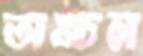
অঙ্চল